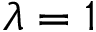
\lambda = 1